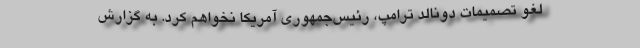
لغو تصمیمات دونالد ترامپ، رئیس‌جمهوری آمریکا نخواهم کرد. به گزارش